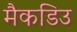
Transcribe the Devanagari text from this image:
मैकडिउ